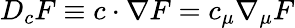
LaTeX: D_{c}F\equiv c\cdot\nabla F=c_{\mu}\nabla_{\mu}F